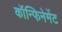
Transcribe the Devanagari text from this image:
कॉन्फिनेमेंट